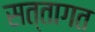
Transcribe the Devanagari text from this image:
सत्तागत